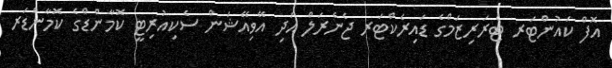
އޮފް ކައުންޓަރ ޓެރަރިޒަމްގެ ޑައިރެކްޓަރ ޖެނެރަލް އަދި އޭވިއޭޝަން ސެކިއުރިޓީ ކޮމާންޑްގެ ކޮމާންޑަރ